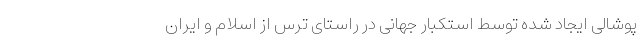
پوشالی ایجاد شده توسط استکبار جهانی در راستای ترس از اسلام و ایران